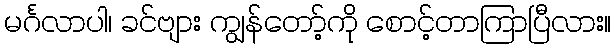
မင်္ဂလာပါ၊ ခင်ဗျား ကျွန်တော့်ကို စောင့်တာကြာပြီလား။